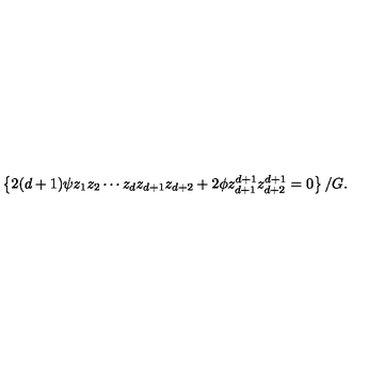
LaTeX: { \left\{ { 2 ( d + 1 ) \psi { z _ { 1 } } { z _ { 2 } } \cdots { z _ { d } } { z _ { d + 1 } } { z _ { d + 2 } } + 2 \phi { z _ { d + 1 } ^ { d + 1 } } { z _ { d + 2 } ^ { d + 1 } } = 0 } \right\} / G } .